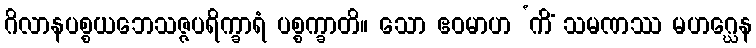
ဂိလာနပစ္စယဘေသဇ္ဇပရိက္ခာရံ ပစ္စက္ခာတိ။ သော ဧဝမာဟ ‘ကိံ သမဏဿ မဟဂ္ဃေန